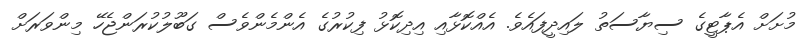
މުށަށް އެޕާޓީގެ ސިޔާސަތު ލައިދީފައެވެ. އެއްކޮޅާއި އިދިކޮޅު ފިކުރުގެ އެންމެންވެސް ގަބޫލުކުރަންޖެހޭ މިންވަރަށް